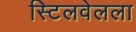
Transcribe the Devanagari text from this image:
स्टिलवेलला